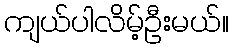
ကျယ်ပါလိမ့်ဦးမယ်။